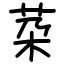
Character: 䒳